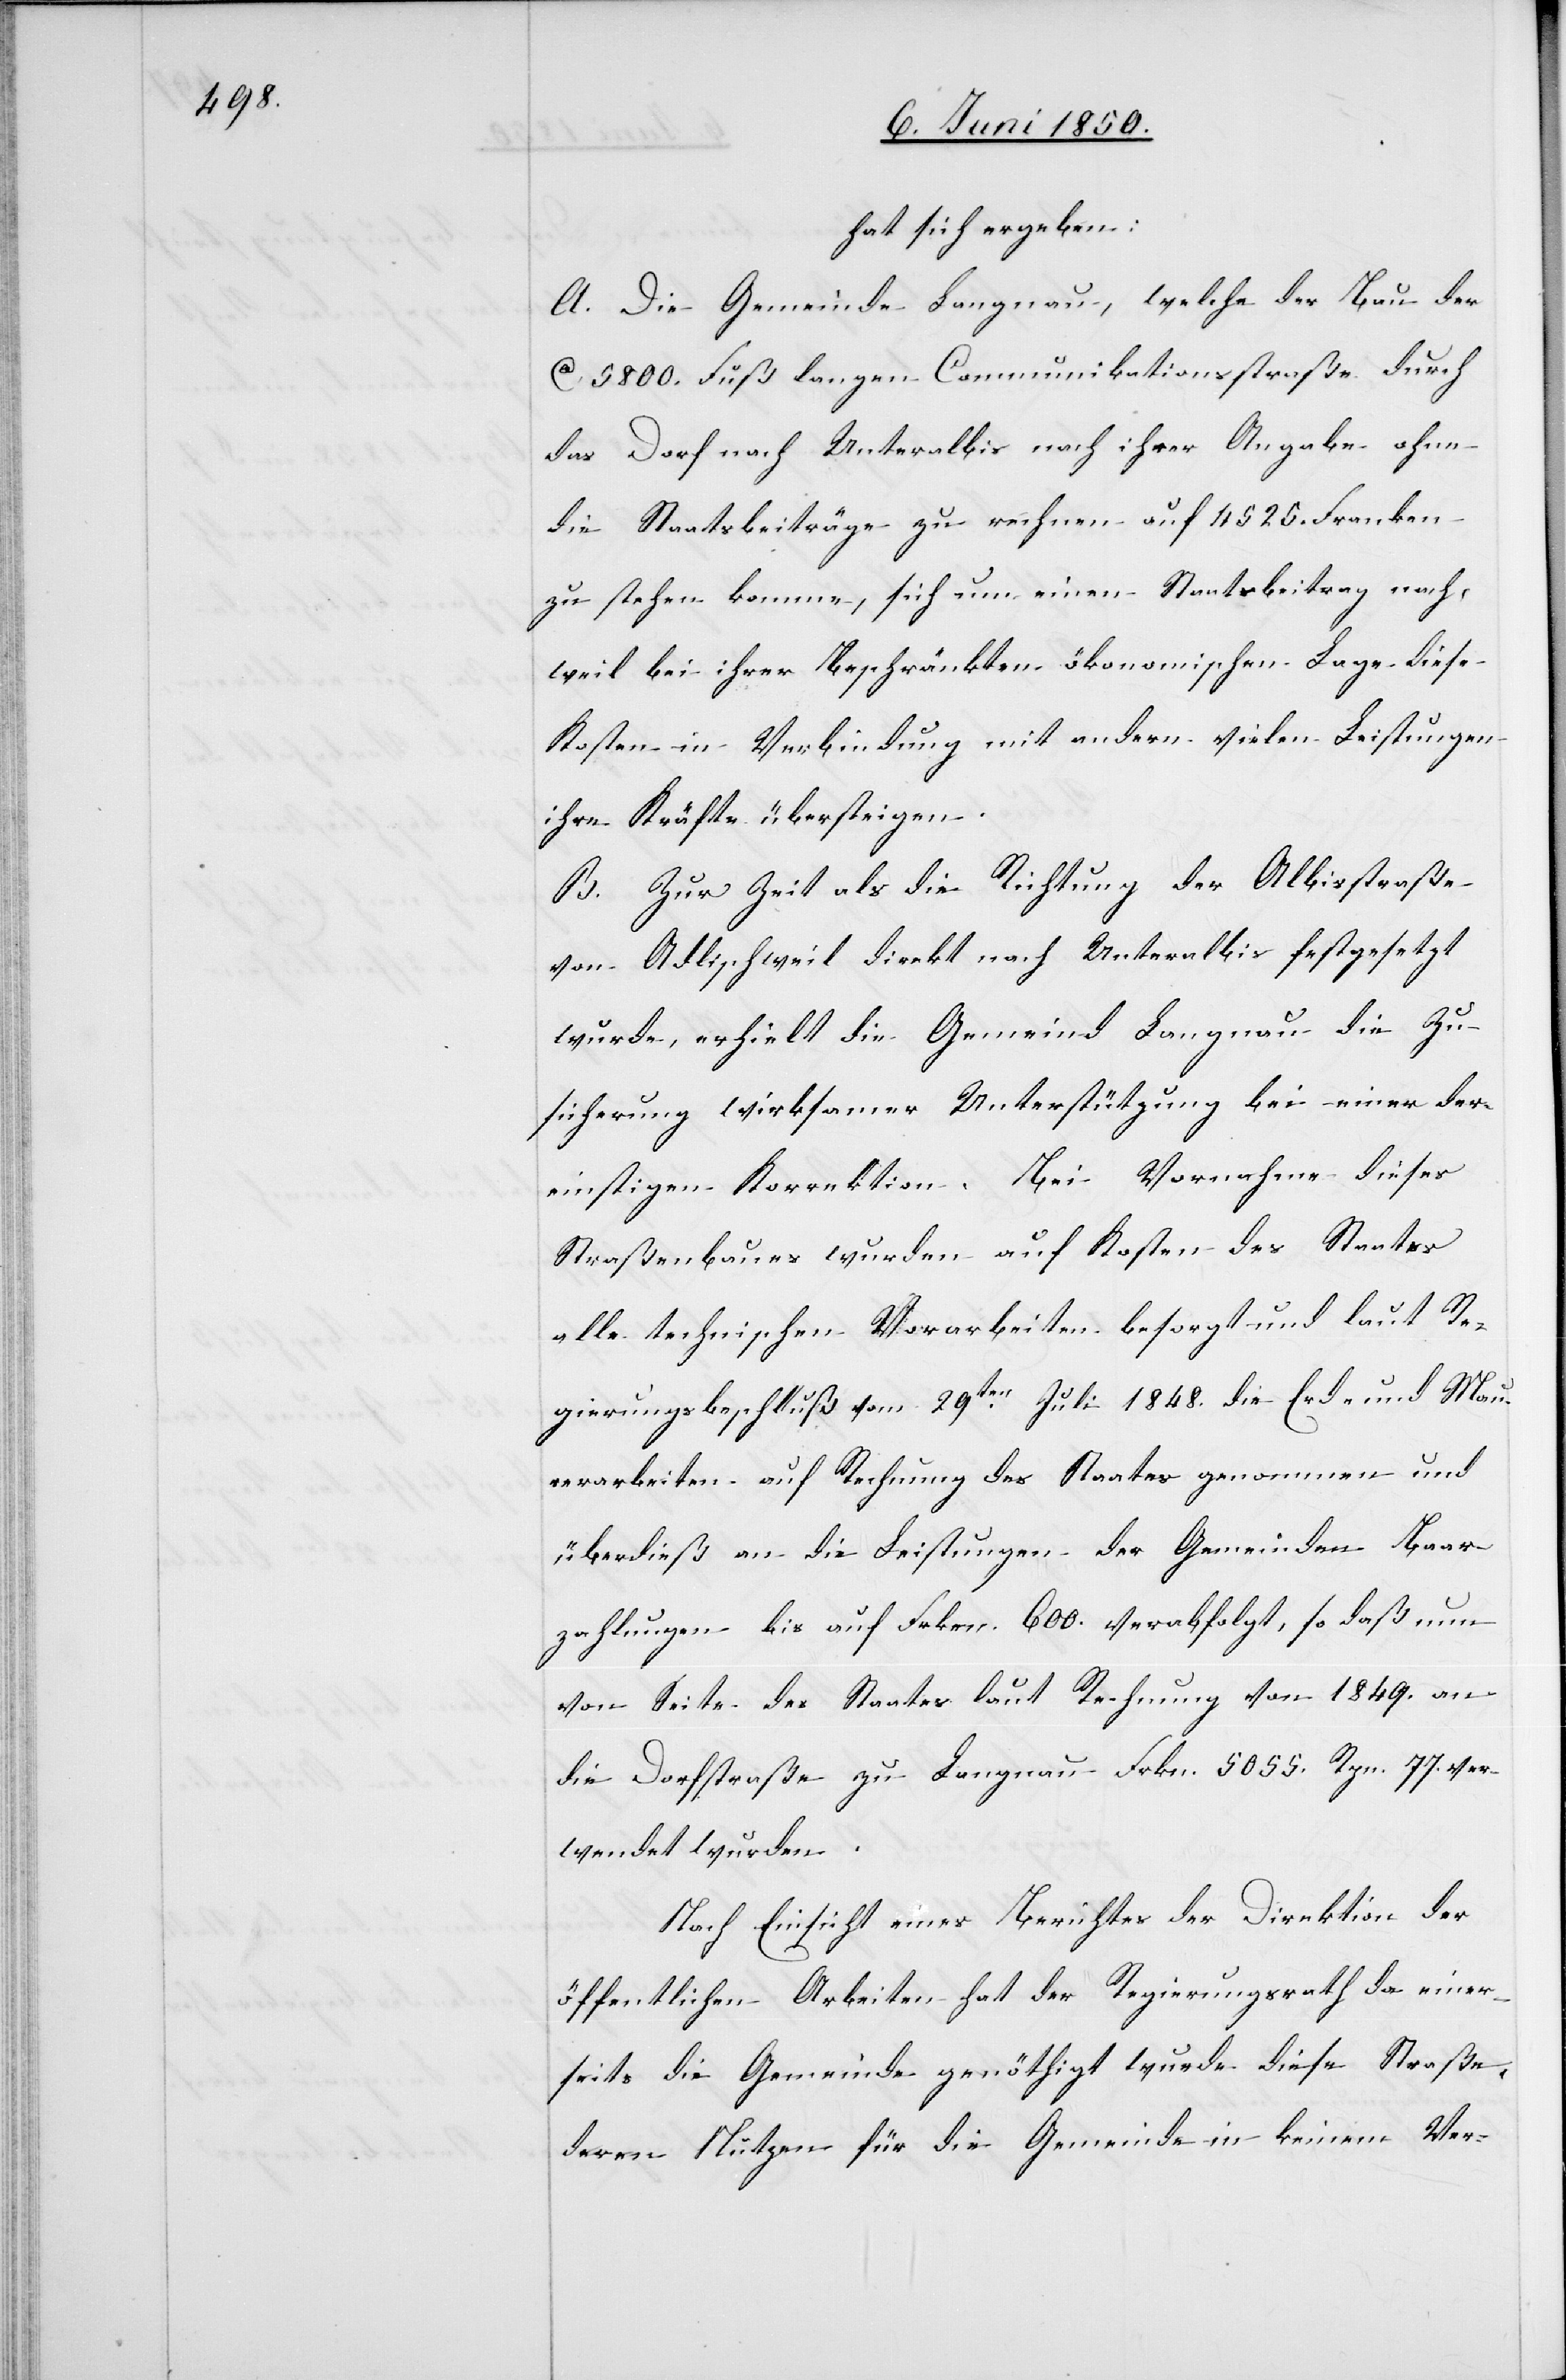
hat sich ergeben:
A. Die Gemeinde Langnau, welche der Bau der
Ca 5800. Fuß langen Communikationsstraße durch
das Dorf nach Unteralbis nach ihrer Angabe ohne
die Staatsbeiträge zu rechnen auf 4525. Franken
zu stehen komme, sich [recte: suche] um einen Staatsbeitrag nach,
weil bei ihrer Beschränkten ökonomischen Lage diese
Kosten in Verbindung mit andern vielen Leistungen
ihre Kräfte übersteigen.
B. Zur Zeit als die Richtung der Albisstraße
von Adlischweil direkt nach Unteralbis festgesetzt
wurde, erhielt die Gemeind Langnau die Zu¬
sicherung wirksamer Unterstützung bei einer der¬
einstigen Korrektion. Bei Vornahme dieses
Straßenbaues wurden auf Kosten des Staates
alle technischen Vorarbeiten besorgt und laut Re¬
gierungsbeschluß vom 29ten Juli 1848. die Erd- und Mau¬
rerarbeiten auf Rechnung des Staates genommen und
überdieß an die Leistungen der Gemeinden Baar¬
zahlungen bis auf Frken. 600. verabfolgt, so daß nun
von Seite des Staates laut Rechnung von 1849. an
die Dorfstraße zu Langnau Frkn. 5055. Rpn. 77. ver¬
wendet wurden.
Nach Einsicht eines Berichtes der Direktion der
öffentlichen Arbeiten hat der Regierungsrath da einer¬
seits die Gemeinde genöthigt wurde diese Straße,
deren Nutzen für die Gemeinde in keinem Ver-